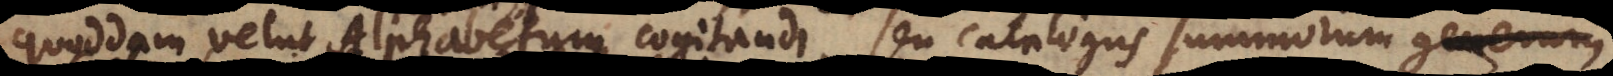
quoddam velut Alphabetum cogitandi, seu catalogus Notionum simplici